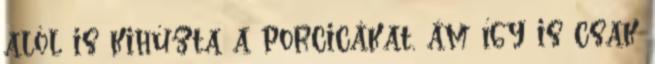
alól is kihúzta a porcicákat, ám így is csak